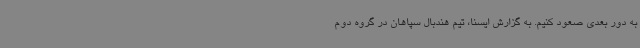
به دور بعدی صعود کنیم. به گزارش ایسنا، تیم هندبال سپاهان در گروه دوم